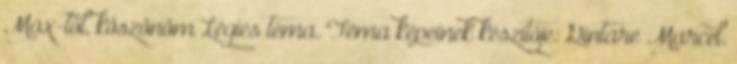
Max-tól, köszönöm Légies téma. Téma képeinek készítője: Gintare Marcel.